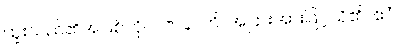
ထူးသည်၏အဖြစ်ကို။ ပဇာနာတိ၊ အပြားအားဖြင့်သိ၏။ ဧဝံ၊